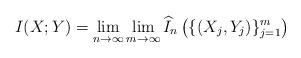
LaTeX: \begin{align*} I(X;Y) = \lim_{n\rightarrow \infty} \lim_{m\rightarrow \infty} \widehat{I}_n\left(\{(X_j,Y_j)\}_{j=1}^m\right)\end{align*}